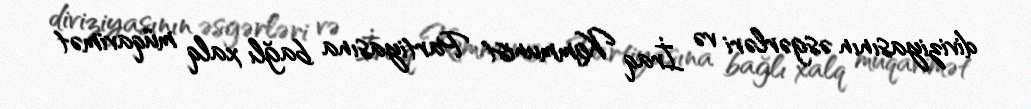
diviziyasının əsgərləri və İraq Kommunist Partiyasına bağlı xalq müqavimət